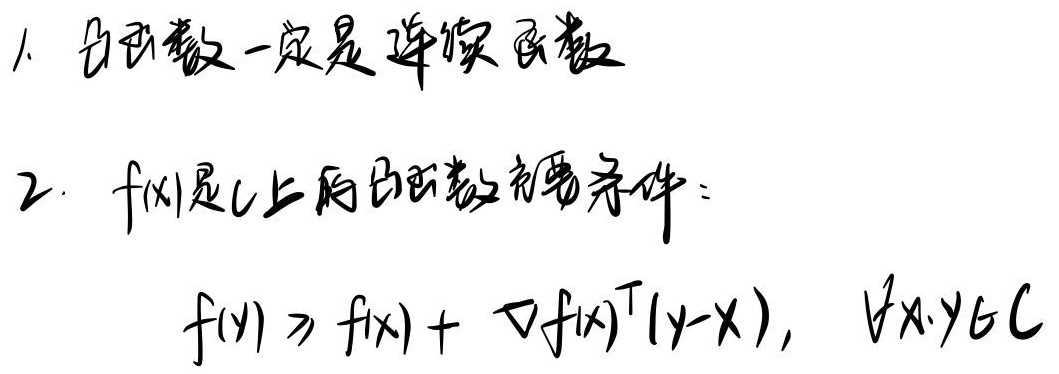
1. 凸函数一定是连续函数
2. \(f(x)\)是\(C\)上的凸函数充要条件：
\[
f(y) \geq f(x)+\nabla f(x)^{\mathrm{T}}(y - x),\ \forall x,y \in C
\]